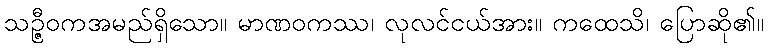
သဉ္ဇီဝကအမည်ရှိသော။ မာဏဝကဿ၊ လုလင်ငယ်အား။ ကထေသိ၊ ပြောဆို၏။